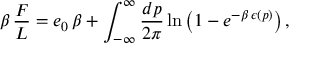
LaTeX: \beta \, { \frac { F } { L } } = e _ { 0 } \, \beta + \int _ { - \infty } ^ { \infty } { \frac { d p } { 2 \pi } } \ln \left( 1 - e ^ { - \beta \, \epsilon ( p ) } \right) ,